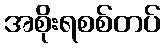
အစိုးရစစ်တပ်